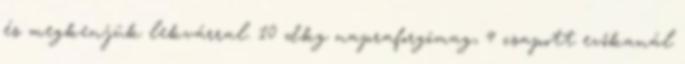
és megkenjük lekvárral. 10 dkg napraforgómag, 4 csapott evőkanál